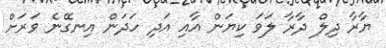
ޔާރާ ދިލް ދާރާ ލަވަ ކިޔަން އާއި އަދި ހަދަން އިނގޭނެ ވަރަށް